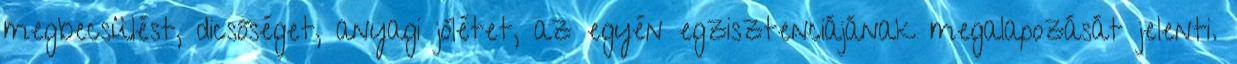
megbecsülést, dicsőséget, anyagi jólétet, az egyén egzisztenciájának megalapozását jelenti.